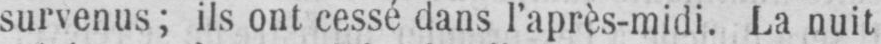
survenus; ils ont cessé dans l’après-midi. La nuit